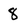
Character: 8